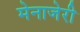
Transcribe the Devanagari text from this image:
मेनाजेरी